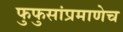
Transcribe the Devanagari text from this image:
फुफुसांप्रमाणेच